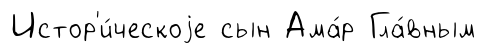
Истор'и́ческоjе сын Ама́р Гла́вным